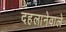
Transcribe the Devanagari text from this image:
दहलानेवाले